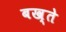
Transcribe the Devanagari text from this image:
बख्ते